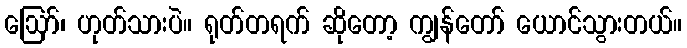
ဩော်၊ ဟုတ်သားပဲ။ ရုတ်တရက် ဆိုတော့ ကျွန်တော် ယောင်သွားတယ်။